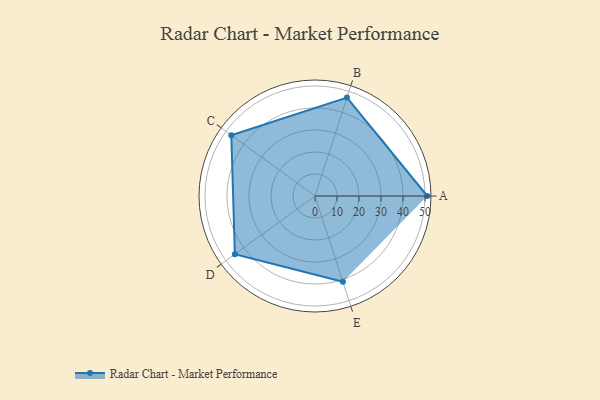
{"axis": {"x": "Skill", "y": "Score"}, "legend": ["Profile"], "data": [{"x": "A", "y": 51.0, "type": "Profile"}, {"x": "B", "y": 47.0, "type": "Profile"}, {"x": "C", "y": 47.0, "type": "Profile"}, {"x": "D", "y": 45.0, "type": "Profile"}, {"x": "E", "y": 41.0, "type": "Profile"}]}